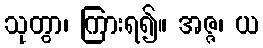
သုတွာ၊ ကြားရ၍။ အဇ္ဇ၊ ယ